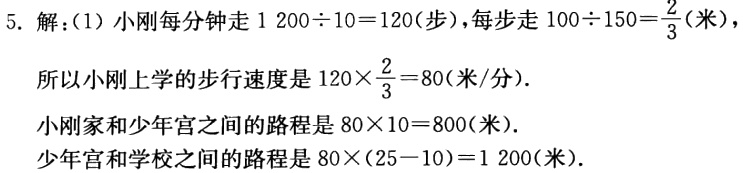
5. 解：(1) 小刚每分钟走 \(1200\div10 = 120\) (步)，每步走 \(100\div150=\frac{2}{3}\) (米)，
所以小刚上学的步行速度是 \(120\times\frac{2}{3}=80\) (米/分).
小刚家和少年宫之间的路程是 \(80\times10 = 800\) (米).
少年宫和学校之间的路程是 \(80\times(25 - 10)=1200\) (米).